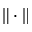
\| \cdot \|